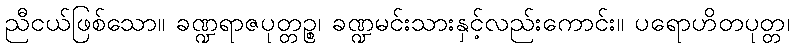
ညီငယ်ဖြစ်သော။ ခဏ္ဍရာဇပုတ္တဉ္စ၊ ခဏ္ဍမင်းသားနှင့်လည်းကောင်း။ ပရောဟိတပုတ္တ၊